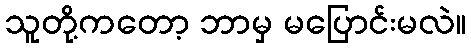
သူတို့ကတော့ ဘာမှ မပြောင်းမလဲ။